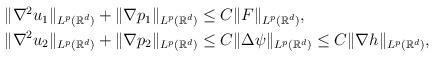
LaTeX: \begin{align*}\begin{aligned} &\|\nabla^2 u_1\|_{L^p(\mathbb{R}^d)}+\|\nabla p_1\|_{L^p(\mathbb{R}^d)}\leq C\|F\|_{L^p(\mathbb{R}^d)},\\ &\|\nabla^2 u_2\|_{L^p(\mathbb{R}^d)}+\|\nabla p_2\|_{L^p(\mathbb{R}^d)} \leq C\|\Delta\psi\|_{L^p(\mathbb{R}^d)} \leq C\|\nabla h\|_{L^p(\mathbb{R}^d)},\end{aligned}\end{align*}